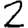
Digit: 2